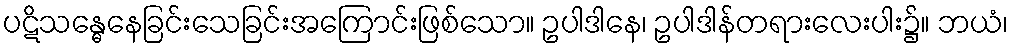
ပဋိသန္ဓေနေခြင်းသေခြင်းအကြောင်းဖြစ်သော။ ဥပါဒါနေ၊ ဥပါဒါန်တရားလေးပါး၌။ ဘယံ၊